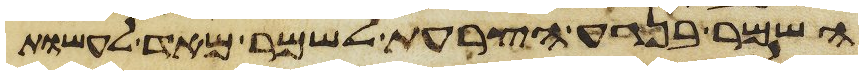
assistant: השמר בנגע הצרעת לשמר מאד לעשות